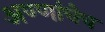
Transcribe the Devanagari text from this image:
अण्णांचेच